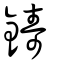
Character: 鑄